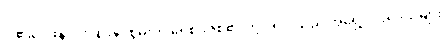
ငါ၏ဝေဖန်ပိုင်းခြားနိုင်စွမ်းကို ရေစိုခံဇစ်၏ တို့ပါရှိပါသည် အရှေ့ပိုင်းဒေသများ